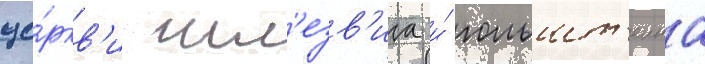
це́ркв'и шл'езв'ига и́ гольшт'еина